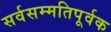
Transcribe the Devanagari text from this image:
सर्वसम्मतिपूर्वक